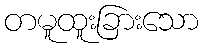
တမူထူးခြားသော